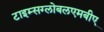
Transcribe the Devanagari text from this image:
टाइम्सग्लोबलएमबीए